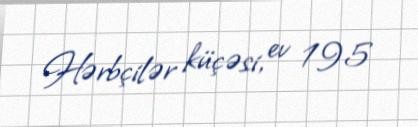
Hərbçilər küçəsi, ev 195